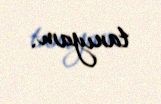
tanıyam.